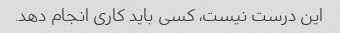
این درست نیست، کسی باید کاری انجام دهد.